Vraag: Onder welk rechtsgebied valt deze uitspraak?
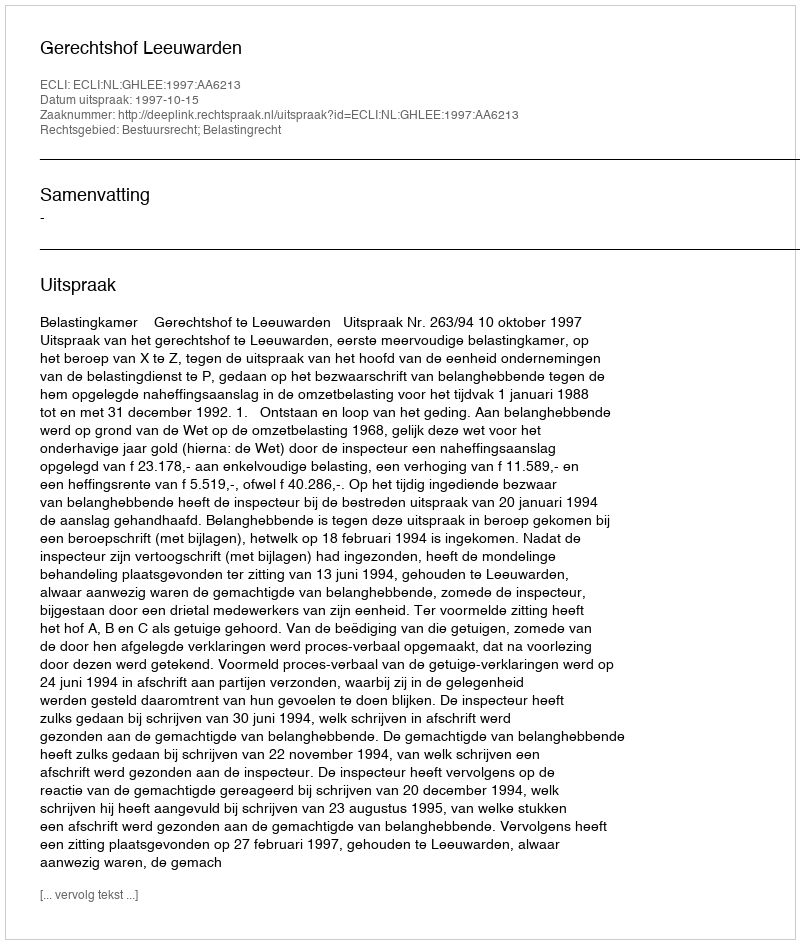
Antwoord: Bestuursrecht; Belastingrecht